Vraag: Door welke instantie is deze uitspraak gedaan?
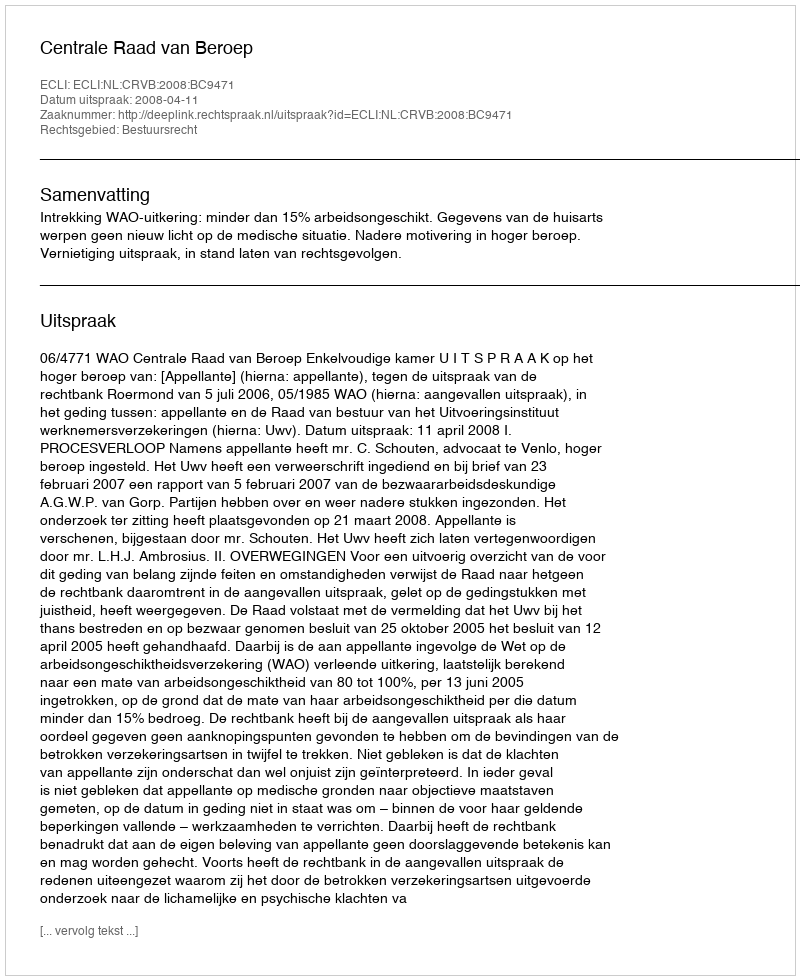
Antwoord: Centrale Raad van Beroep